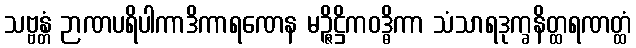
သဗ္ဗန္တံ ဉာဏပရိပါကာဒိကာရဏေန မဉ္ဇိဋ္ဌိကဝဒ္ဓိကာ သံသာရဒုက္ခနိတ္ထရဏတ္ထံ